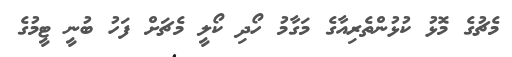
މެޗުގެ މޮޅު ކުޅުންތެރިއާގެ މަގާމު ހޯދި ކޯލީ މެޗަށް ފަހު ބުނީ ޓީމުގެ